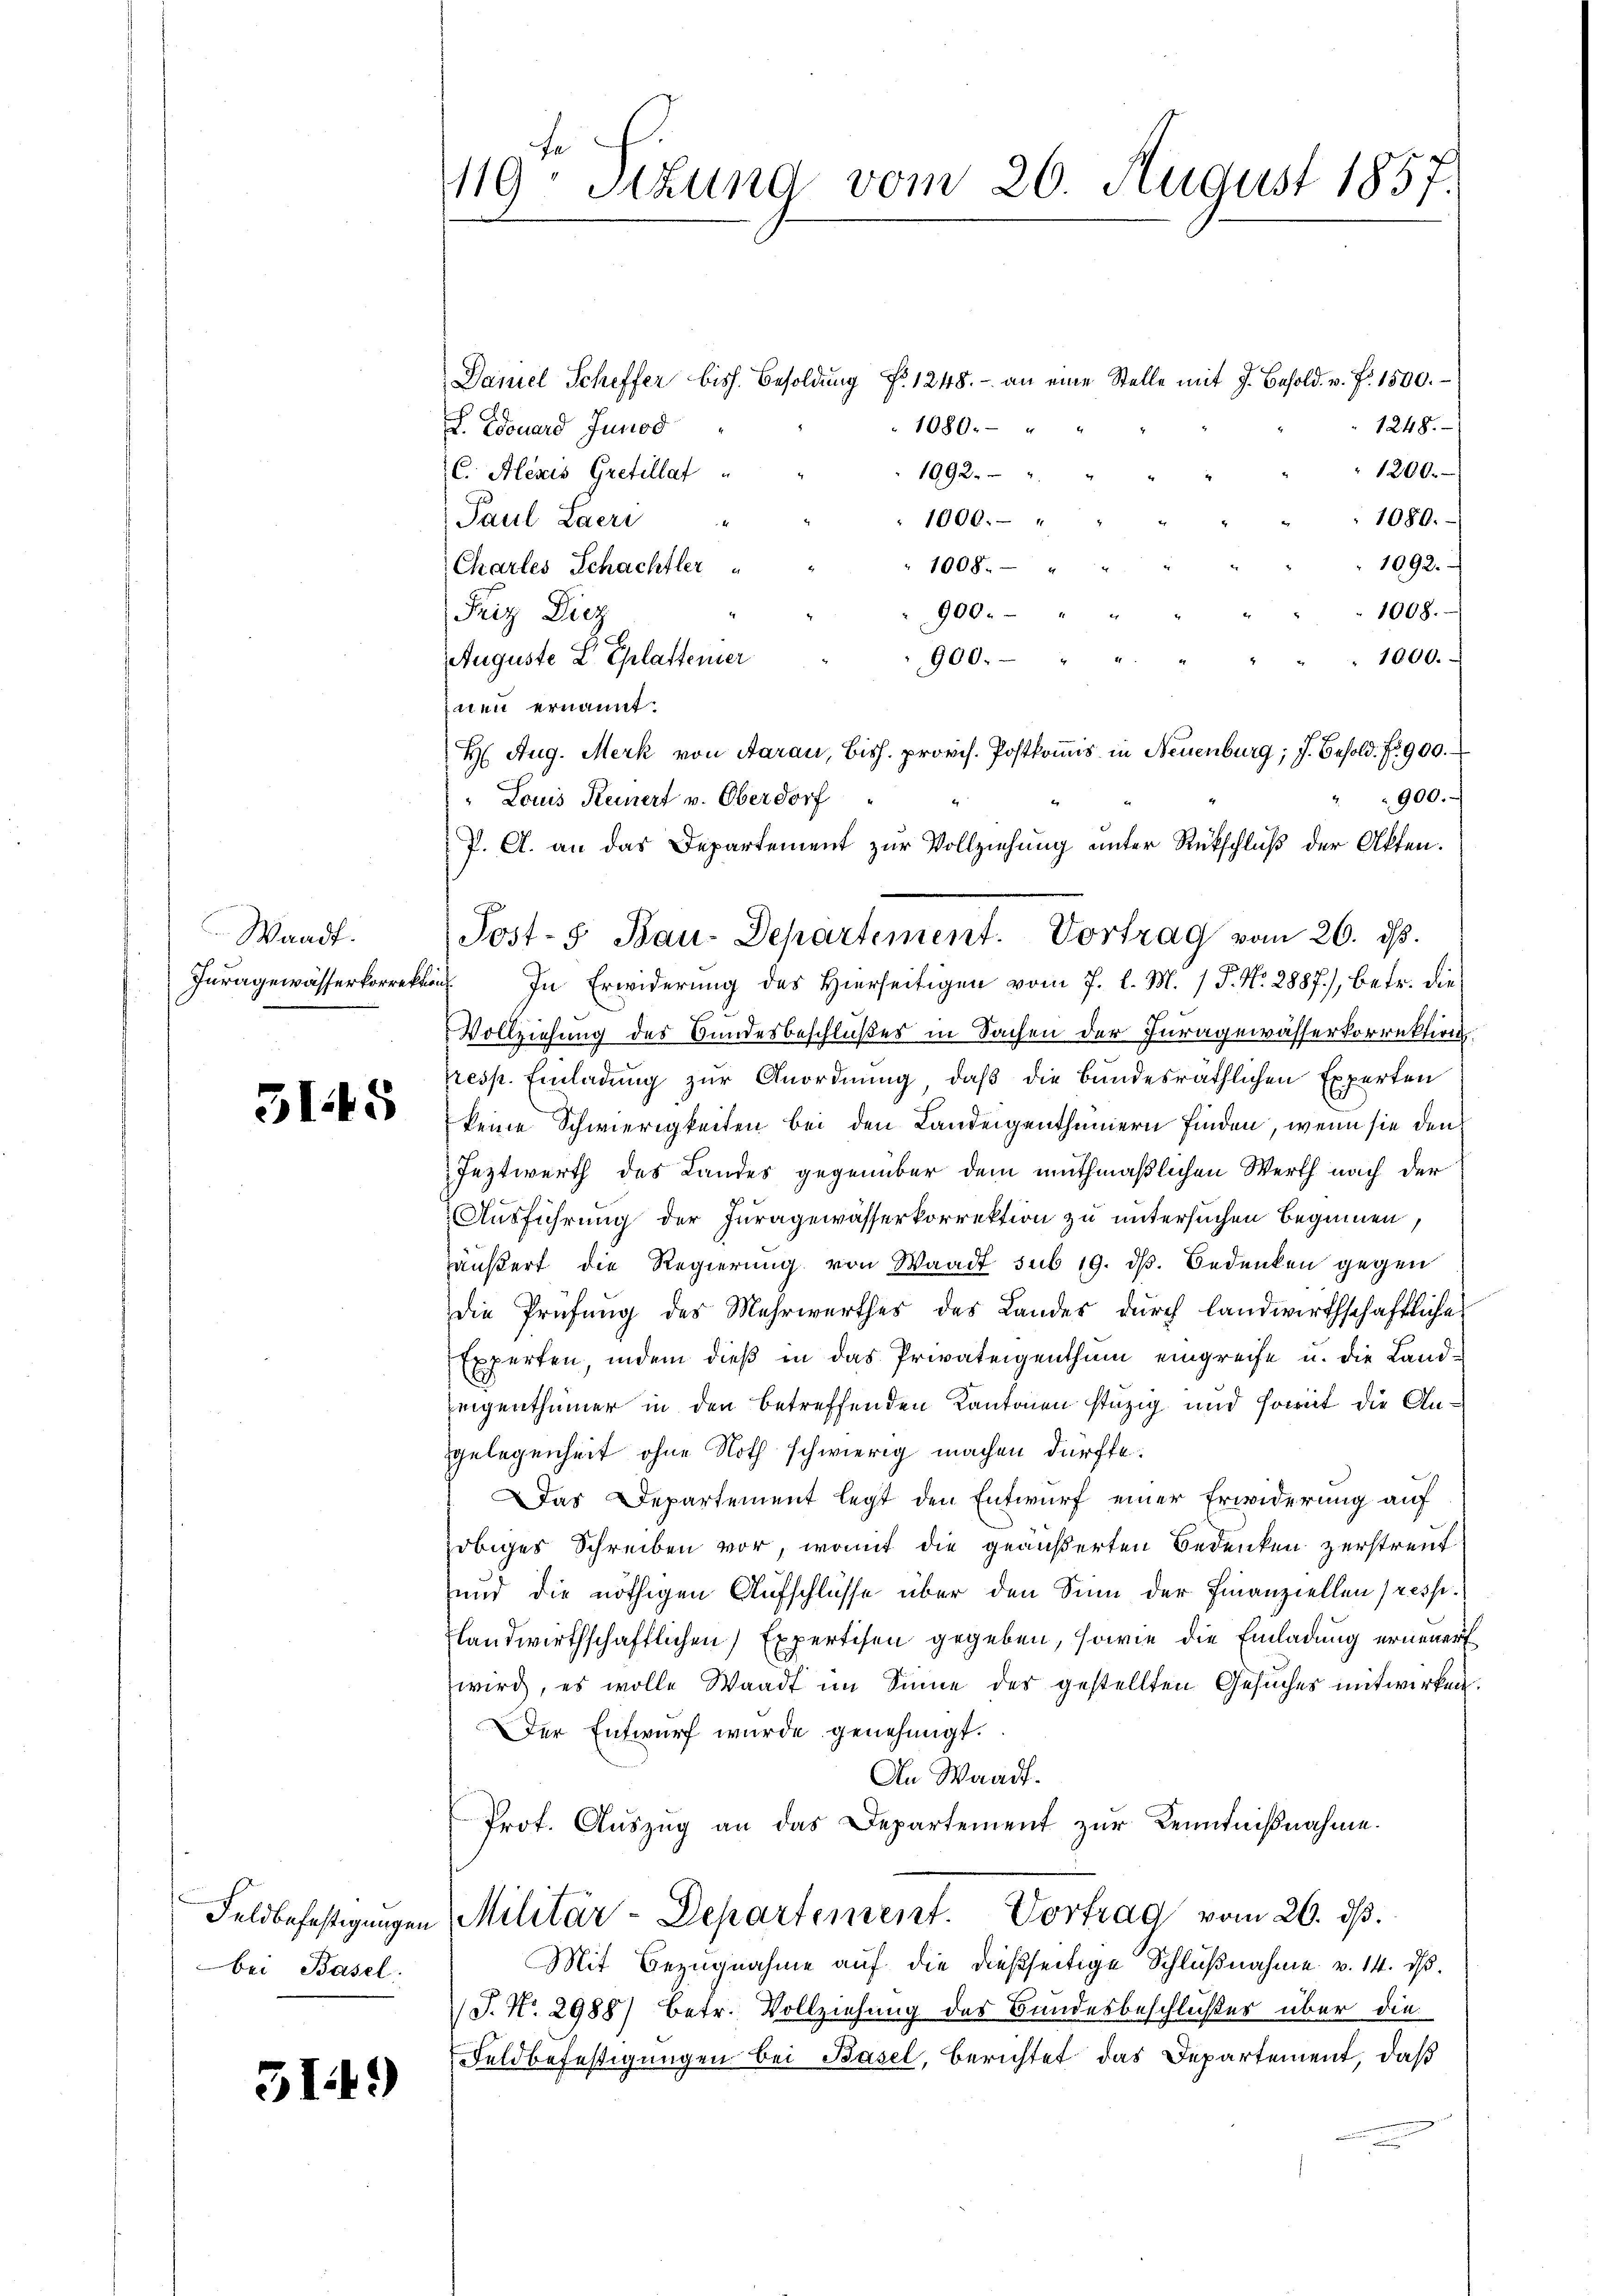
Waadt.

515

bei Basel.

3149)

119. Sitzung vom 20. August 1857.

Daniel Scheffer biss. Besoldŭng No 1248. - an eine Stelle mit J. Besold. v. J. 1500.
1080. " "
1248.
S. Edouard Junod
C. Alexis Gretellat
1200.
1092.
1000.- "
1080.
Paul Laeri
1092.
1008. "
Chartes Schachtler
900. "
1008.
Friz Diez
1000.
Auguste L. Ehlattener
900. " "
inen ernannt.
H Aug. Merk von Aarau, Bish. provis. Postkommis in Neuenburg; J. Besold. No 900.
900.
" Louis Keinert v. Oberdorf
Inragewässerkorrekten. In Erwiderŭng des hierseitigen vom 7. l. M. / P. Nr. 2887), betr. die
Vollziehung des Bundesbeschlußes in Sachen der Juragewässerkorrektion
resp. Einladung zur Anordnung, daß die bundesräthlichen Experten
keine Schwierigkeiten bei den Landeigenthümern finden, wenn sie den
Feztwerth des Landes gegenüber dem muthmaßlichen Werth nach der
Ausführung der Juragewässerkorrektion zu untersuchen beginnen,
äußert die Regierung von Waadt sub 19. dß. Bedenken gegen
die Prüfung des Mehrwerthes des Landes durch landwirthschaftliche
Experten, indem dieß in das Privateigenthum eingreife u. die Landeigenthümer in den betreffenden Kantonen stutzig und somit die Angelegenheit ohne Noth schwierig machen dürfte.
Das Departement legt den Entwurf einer Erwiderung auf
obiges Schreiben vor, womit die geäußerten Bedenken zerstreut
und die nöthigen Aufschlüsse über den Sinn der Finanziellen Pressiflandwirthschaftlichen Expertisen gegeben, sowie die Einladung erneuert
wird, es wolle Waadt im Sinne des gestellten Gesuches mitwirken.
Der Entwurf wurde genehmigt.
An Waadt.
Prof. Aŭszŭg an das Departement zŭr Kenntniβnahme.
Feldbefestigungen Militär-Departement. Vortrag vom 26. ds.
Mit Bezugnahme auf die dießseitige Schlußnahme v. 14. d.
J. No. 2988) Betr. Vollziehung des Bundesbeschlußes über die
Feldbefestigungen bei Basel, berichtet das Departement, daß

J. A. an das Departement zur Vollziehung unter Rückschluß der Akten.
Post- 8. Bau-Departement. Vortrag vom 26. ds.